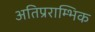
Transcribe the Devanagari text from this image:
अतिप्रराम्भिक